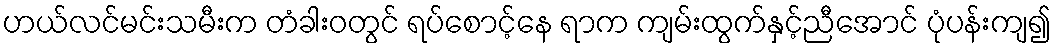
ဟယ်လင်မင်းသမီးက တံခါးဝတွင် ရပ်စောင့်နေ ရာက ကျမ်းထွက်နှင့်ညီအောင် ပုံပန်းကျ၍